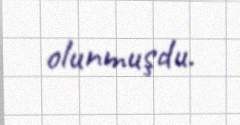
olunmuşdu.